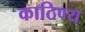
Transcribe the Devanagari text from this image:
काठिण्य